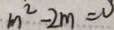
m ^ { 2 } - 2 m = 0